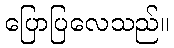
ပြောပြလေသည်။